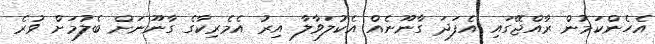
އެހެންކަމުން ރާއްޖޭގައި އެފަދަ ގާނޫނެއް އެކުލަވާލާ އިރު އެމެރިކާގެ ގާނޫނަށް ބެލުމަށް ވުރެ